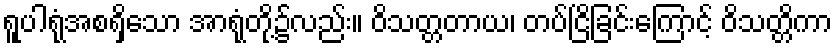
ရူပါရုံအစရှိသော အာရုံတို့၌လည်း။ ဝိသတ္တတာယ၊ တပ်ငြိခြင်းကြောင့် ဝိသတ္တိကာ